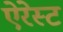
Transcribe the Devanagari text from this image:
ऐरेस्ट